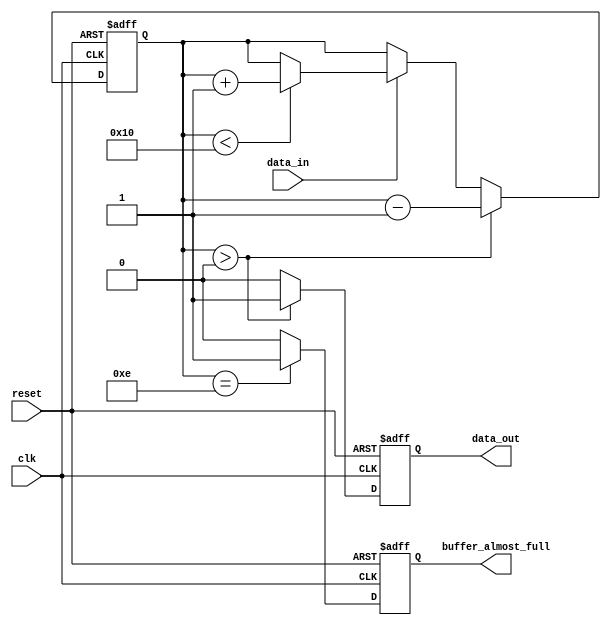
module Almost_Full_FIFO(
  input wire clk,
  input wire reset,
  input wire data_in,
  output reg data_out,
  output reg buffer_almost_full
);

parameter BUFFER_SIZE = 16;
reg [4:0] fill_level;

always @(posedge clk or posedge reset) begin
  if (reset) begin
    fill_level <= 0;
    data_out <= 0;
    buffer_almost_full <= 0;
  end else begin
    if (fill_level == (BUFFER_SIZE - 2)) begin
      buffer_almost_full <= 1;
    end else begin
      buffer_almost_full <= 0;
    end
    
    if (data_in) begin
      if (fill_level < BUFFER_SIZE) begin
        fill_level <= fill_level + 1;
      end
    end
    
    if (fill_level > 0) begin
      data_out <= 1;
      fill_level <= fill_level - 1;
    end else begin
      data_out <= 0;
    end
  end
end

endmodule